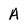
Character: A